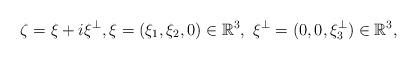
\begin{align*}\zeta=\xi+i\xi^\perp,\xi=(\xi_1,\xi_2, 0)\in\mathbb{R}^3,\ \xi^\perp=(0, 0, \xi_3^\perp)\in\mathbb{R}^3,\end{align*}